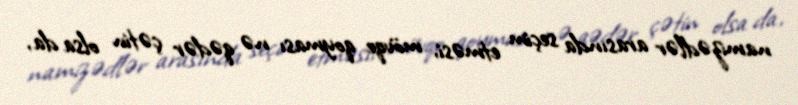
namizədlər arasında seçim etməsi, mövqe qoyması nə qədər çətin olsa da,